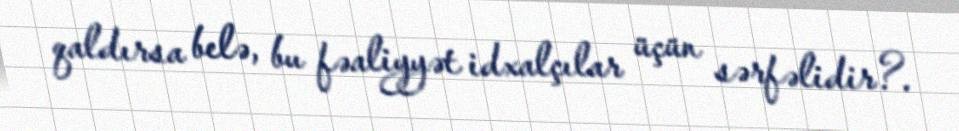
qaldırsa belə, bu fəaliyyət idxalçılar üçün sərfəlidir?.